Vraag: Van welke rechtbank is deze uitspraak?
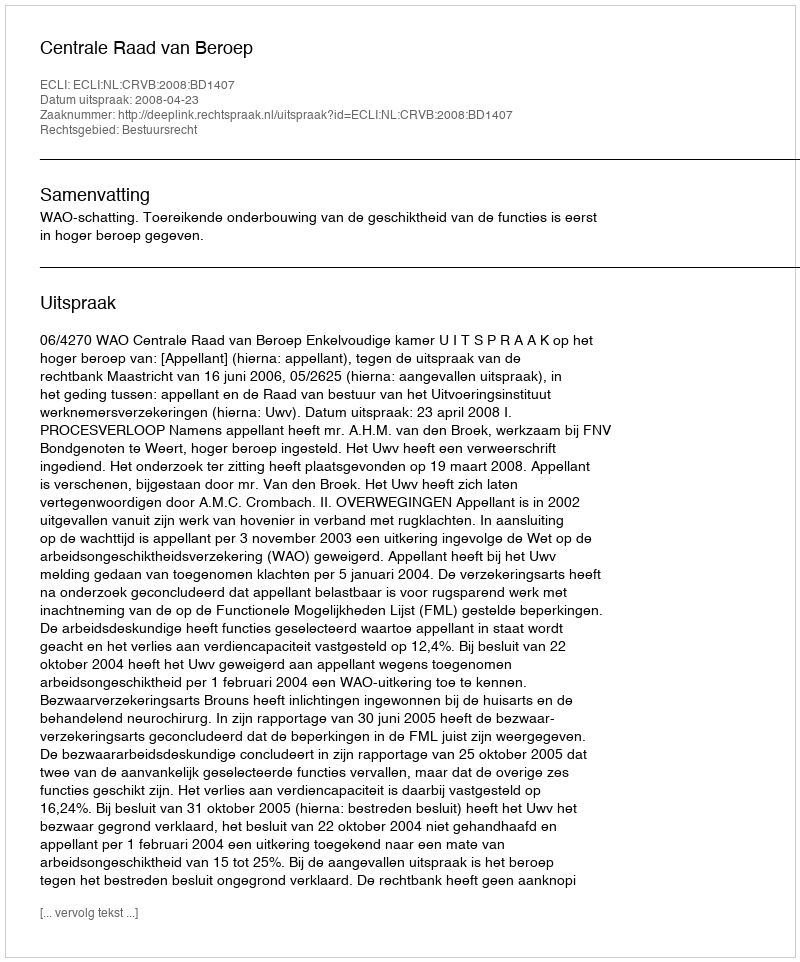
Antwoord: Centrale Raad van Beroep